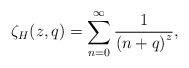
LaTeX: \begin{align*}\zeta _{H}(z,q)=\sum_{n=0}^{\infty }\frac{1}{\left( n+q\right) ^{z}},\end{align*}